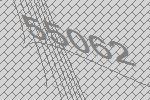
55062